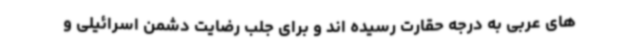
های عربی به درجه حقارت رسیده اند و برای جلب رضایت دشمن اسرائیلی و